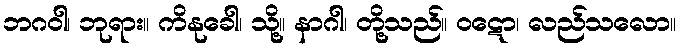
ဘဂဝါ၊ ဘုရား။ ကိနုခေါ၊ သို့။ နာဂါ၊ တို့သည်။ ဝဋော၊ လည်သလော။